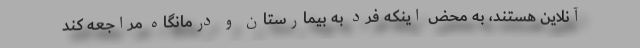
آنلاین هستند، به محض اینکه فرد به بیمارستان و درمانگاه مراجعه کند